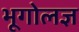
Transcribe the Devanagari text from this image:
भूगोलज्ञ